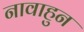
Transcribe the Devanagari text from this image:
नावाहुन